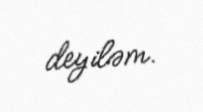
deyiləm.